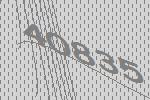
40835